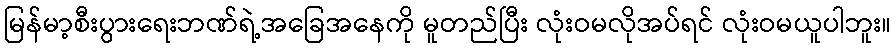
မြန်မာ့စီးပွားရေးဘဏ်ရဲ့အခြေအနေကို မူတည်ပြီး လုံးဝမလိုအပ်ရင် လုံးဝမယူပါဘူး။